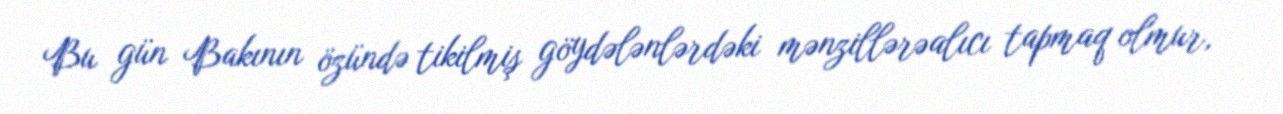
Bu gün Bakının özündə tikilmiş göydələnlərdəki mənzillərəalıcı tapmaq olmur,